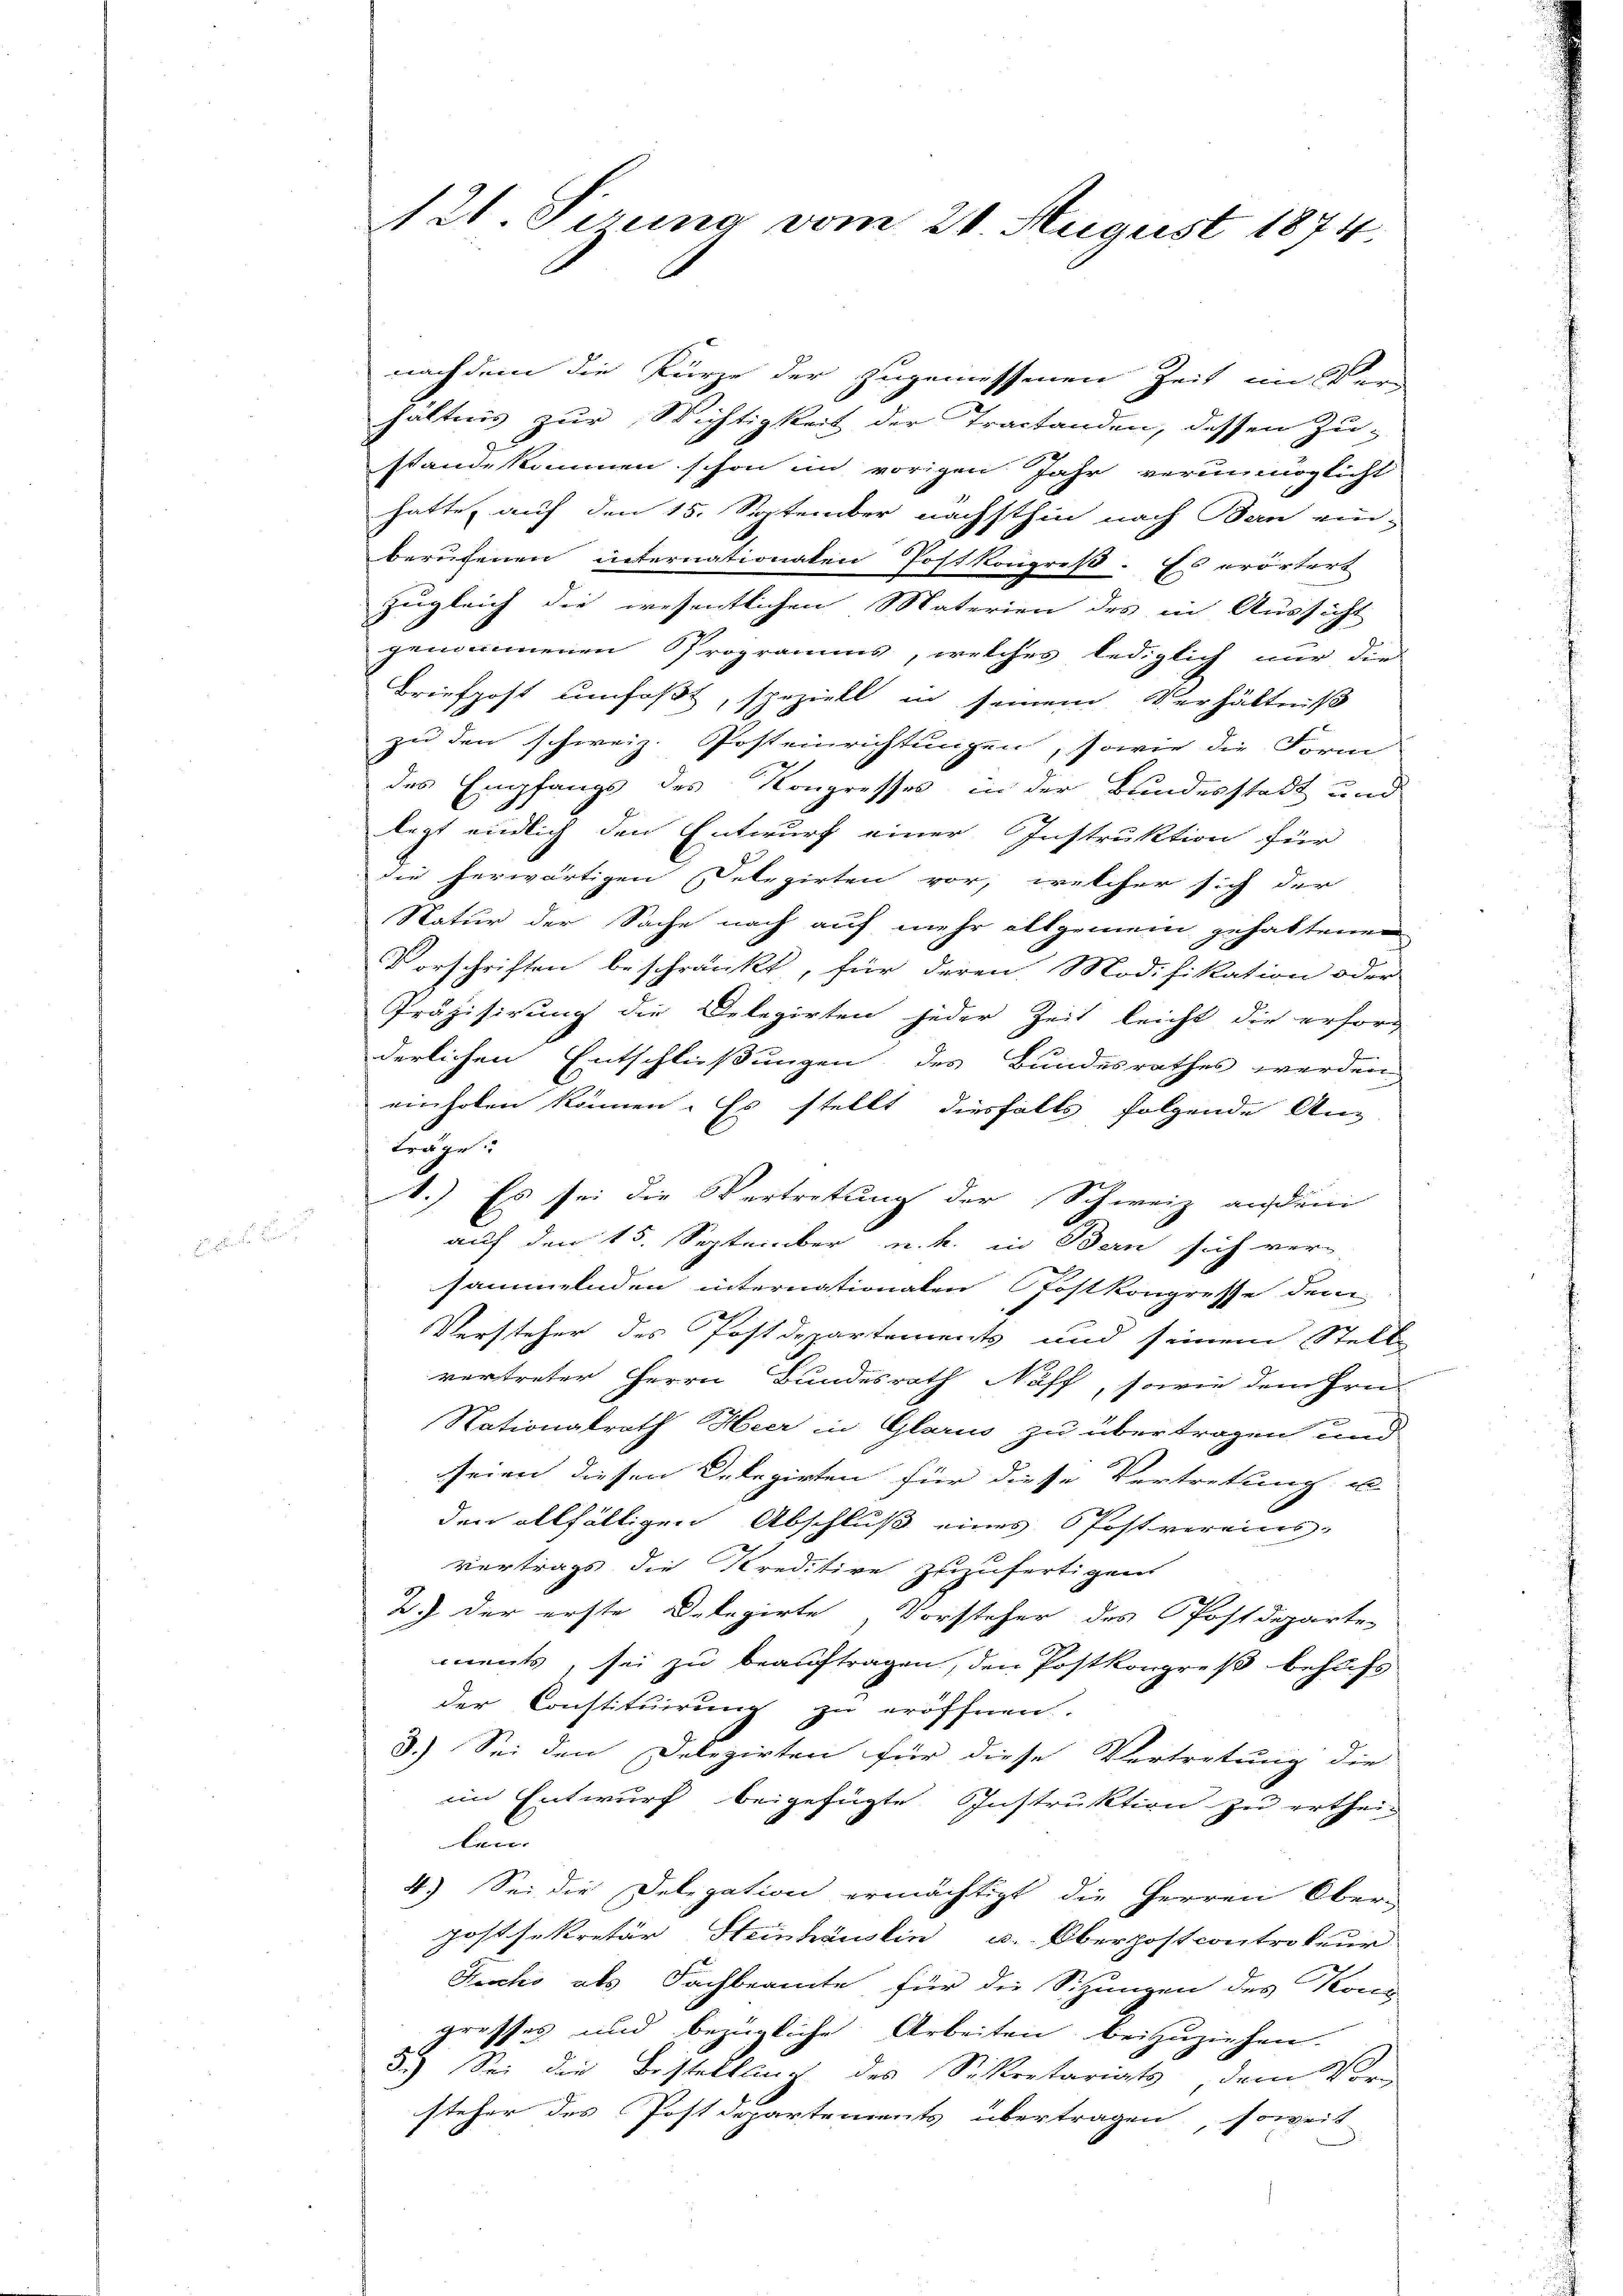
121. Serung vom 21. August 1874.

nachdem die Kürze der zugemessenen Zeit im Ver-
hältnis zur Wichtigkeit der Tractanden, dessen Zu-
standekommen schon im vorigen Jahr verunmöglicht
hatte, auf den 15. September nächsthin nach Bern ein-
berufenen internationaten Postkongreß. Es erörtert
zugleich die wesentlichen Materien des in Aussicht
genommenen Programms, welches lediglich nur die
Briefpost umfaßt, speziell in seinem Verhältniß
zu den schweiz. Posteinrichtungen, sowie die Form
des Empfangs des Kongresses in der Bundesstadt und
legt endlich den Entwurf einer Instruktion für
die herwärtigen Delegirten vor, welcher sich der
Natur der Sache nach auf mehr allgemein gehaltenen
Vorschriften beschränkt, für deren Modifikation oder
Präzisirung die Delegirten jeder Zeit leicht die erforderlichen Entschließungen des Bundesrathes werden
einholen können. Es stellt diesfalls folgende An-
träge
.) Es sei die Vertretung der Schweiz anden
auf den 15. September u. k. in Bern sich ver-
sammelnden internationalen Postkongresse dem
Versteher des Postdepartements und seinem Stell
vertreter Herrn Bundesrath Naff, sowie dem Hrn.
Nationalrath Heer in Glarus zu übertragen und
seien diesen Delegirten für diese Vertretung u
den allfälligen Abschluß eines Postvereins-
vertrags die Kreditive zuzufertigen
2.) der erste Delegirte Vorsteher des Postdeparten
ments, sei zu beauftragen, den Postkongreß behufs
der Constituirung zu eröffnen.
3.) Sei den Delegirten für diese Vertretung die
im Entwurf beigefügte Instruktion zu ertheilen
4.) Sei die Delegation ermächtigt die Herren Ober-
Jostsekretär Steinhäuslin u. Oberpostcontrokeur
Fecchi als Fachbeamte, für die Sitzungen des Konz
grosses und bezügliche Arbeiten beizuziehen.
5.) Sei die Bestelllung des Sekretariats, dem Vor-
steher des Postdepartements übertragen, soweit